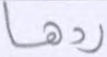
ردها